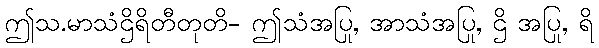
ဤသ.မာသံဌိရိတီတုတိ- ဤသံအပြု, အာသံအပြု, ဌိ အပြု, ရိ